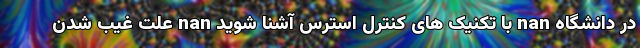
در دانشگاه nan با تکنیک های کنترل استرس آشنا شوید nan علت غیب شدن